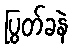
ပြွတ်ခနဲ